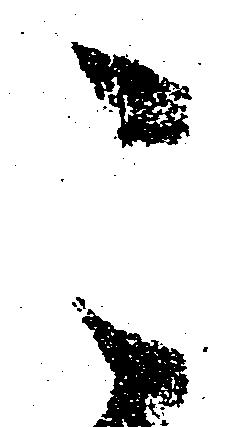
こ